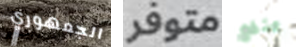
الجمهوري متوفر ينفع